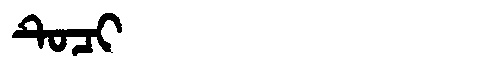
Manchu: ᡨᡠᠴᡳ
Romanization: TUCI